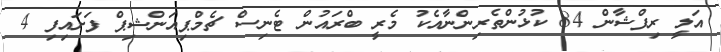
އަލީ ރިފްޝާން 84 ކުޅުންތެރިންނާއެކު މެރީ ބްރައުން ޓެނިސް ޗެމްޕިއަންޝިޕް ފަށައިފި 4